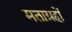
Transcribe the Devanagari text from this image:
मताग्रहों